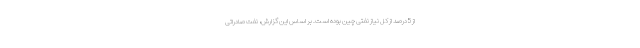
از 5 درصد از کل نیاز نفتی چین بوده است. بر اساس این گزارش، نفت صادراتی